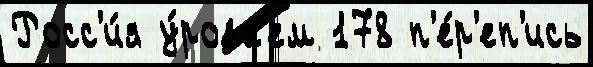
Росс'и́я у́ровн'ем 178 п'е́р'еп'ись